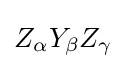
Z_{\alpha }Y_{\beta }Z_{\gamma }